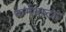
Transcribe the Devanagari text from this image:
कर्मभ्रष्टाः